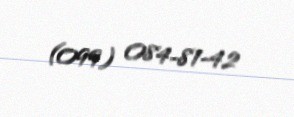
(099) 084-81-42